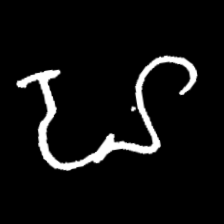
Pyu character \u2014 Myanmar letter: ဟ (romanized: ha)